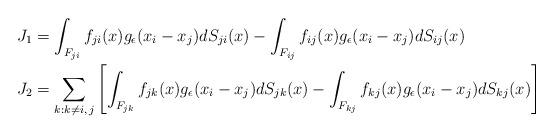
LaTeX: \begin{align*}J_{1} & =\int_{F_{ji}}f_{ji}(x)g_{\epsilon}(x_{i}-x_{j})dS_{ji}(x)-\int_{F_{ij}}f_{ij}(x)g_{\epsilon}(x_{i}-x_{j})dS_{ij}(x)\\J_{2} & =\sum_{k:k\neq i,\,j}\left[\int_{F_{jk}}f_{jk}(x)g_{\epsilon}(x_{i}-x_{j})dS_{jk}(x)-\int_{F_{kj}}f_{kj}(x)g_{\epsilon}(x_{i}-x_{j})dS_{kj}(x)\right]\end{align*}